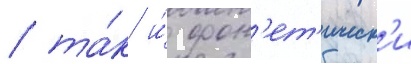
/ та́к и́ фон'ет'ическ'и